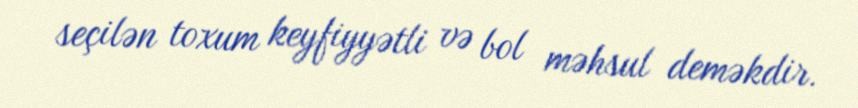
seçilən toxum keyfiyyətli və bol məhsul deməkdir.